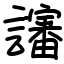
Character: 讅